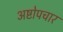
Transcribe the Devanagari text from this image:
अष्टोपचार